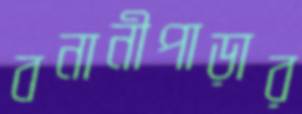
বনানীপাড়ার